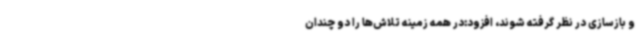
و بازسازی در نظر گرفته شوند، افزود:در همه زمینه تلاش‌ها را دو چندان